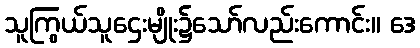
သူကြွယ်သူဌေးမျိုး၌သော်လည်းကောင်း။ ဒေ